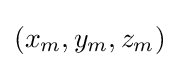
(x_{m},y_{m},z_{m})